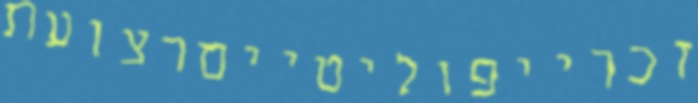
זכרייפוליטייםרצועת